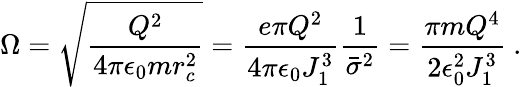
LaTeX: \Omega=\sqrt{\frac{Q^{2}}{4\pi\epsilon_{0}mr_{c}^{2}}}={\frac{e\pi Q^{2}}{4\pi\epsilon_{0}J_{1}^{3}}}{\frac{1}{{\bar{\sigma}}^{2}}}={\frac{\pi mQ^{4}}{2\epsilon_{0}^{2}J_{1}^{3}}}~.